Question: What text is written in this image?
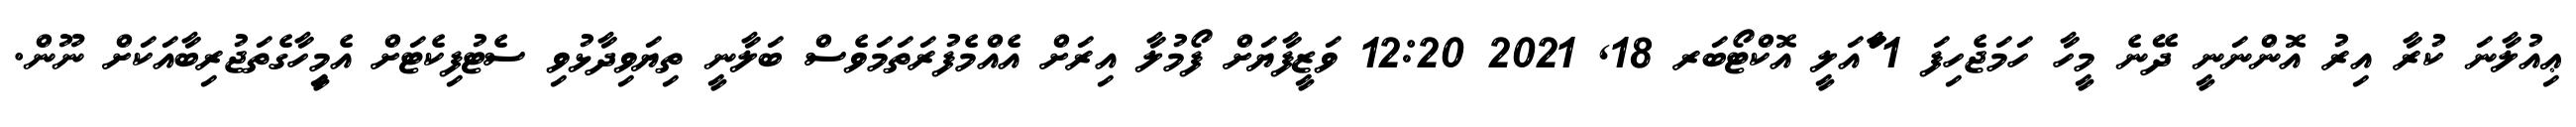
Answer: ޢިއުލާނަ ކުރާ އިރު އޮންނަނީ ދޭނެ މީހާ ހަމަޖެހިފަ 1 ާަަަާއަލީ އޮކްޓޯބަރ 18, 2021 12:20 ވަޒީފާޔަށް ފޯމުލާ އިރަށް އެއްމެފުރަތަމަވެސް ބަލާނީ ތިޔަވިދާޅުވި ސެޓުފިކެޓަށް އެމީިހާގެތަޖުރިބާއަކަށް ނޫން.